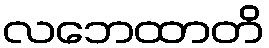
လဘေထာတိ